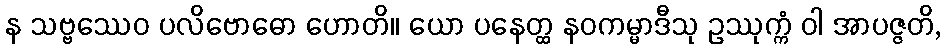
န သဗ္ဗဿေဝ ပလိဗောဓော ဟောတိ။ ယော ပနေတ္ထ နဝကမ္မာဒီသု ဥဿုက္ကံ ဝါ အာပဇ္ဇတိ,